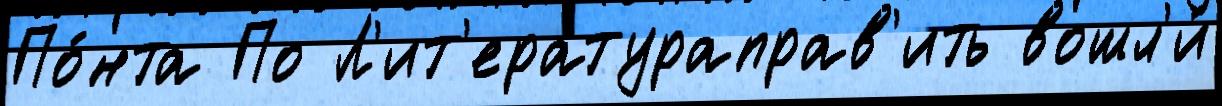
По́нта По Л'ит'ератураправ'ить вошл'и́